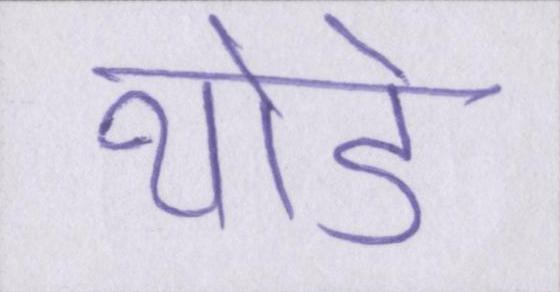
थोडे